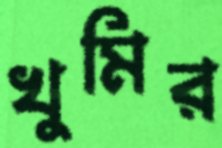
খুমির